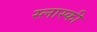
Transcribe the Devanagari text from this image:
स्लास्की